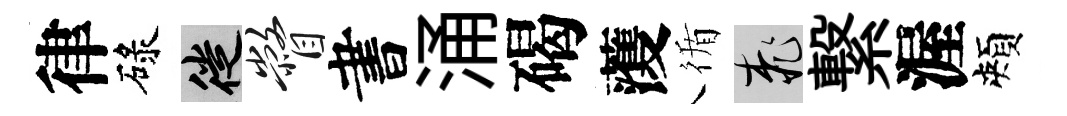
律碌徙瞥書涌碣𮑮循桃繋渥頰